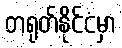
တရုတ်နိုင်ငံမှာ